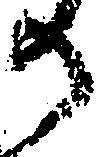
か